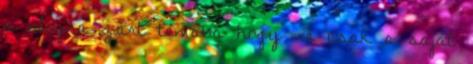
a blogra zárt témába hogy ne csak a saját